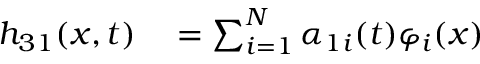
\begin{array} { r l } { h _ { 3 1 } ( x , t ) } & { { } = \sum _ { i = 1 } ^ { N } \alpha _ { 1 i } ( t ) \varphi _ { i } ( x ) } \end{array}